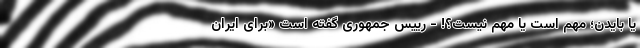
یا بایدن؛ مهم است یا مهم نیست؟! - رییس جمهوری گفته است «برای ایران